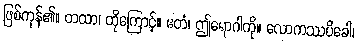
ဖြစ်ကုန်၏။ တထာ၊ ထိုကြောင့်။ ဧတံ၊ ဤရောဂါကို။ လောကဿပိခေါ၊